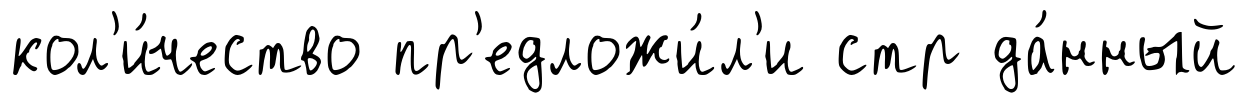
кол'и́чество пр'едложи́л'и стр да́нный